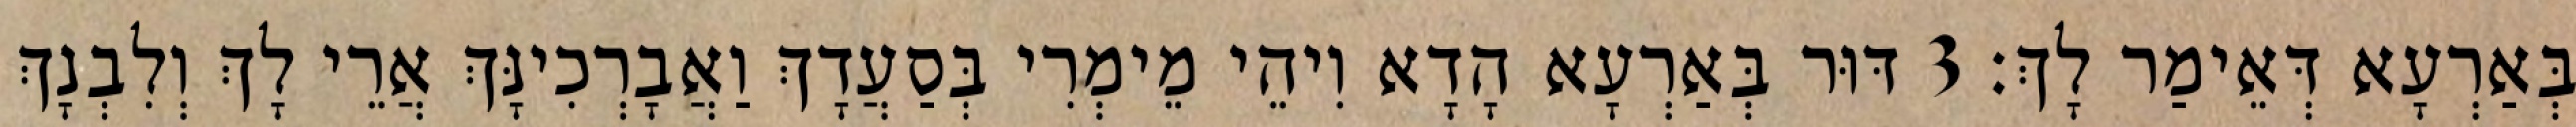
בְּאַרְעָא דְּאֵימַר לָךְ׃ 3 דּוּר בְּאַרְעָא הָדָא וִיהֵי מֵימְרִי בְּסַעֲדָךְ וַאֲבָרְכִינָּךְ אֲרֵי לָךְ וְלִבְנָךְ